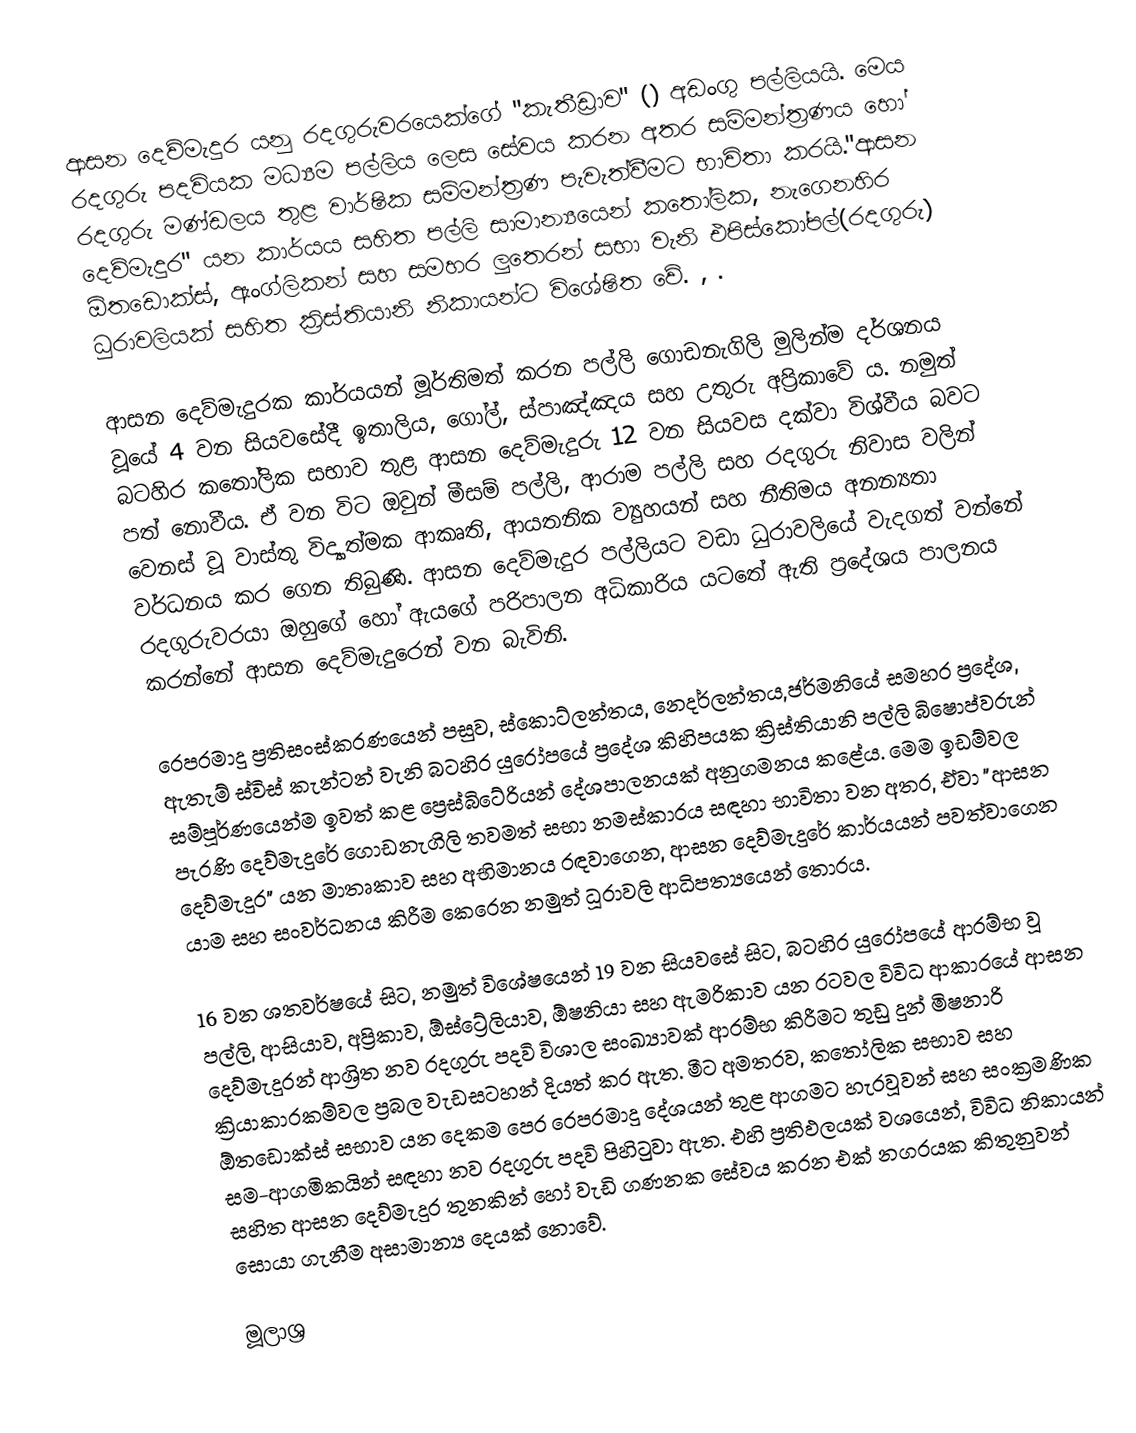
ආසන දෙව්මැදුර යනු රදගුරුවරයෙක්ගේ "කැතීඩ්‍රාව" () අඩංගු පල්ලියයි. මෙය රදගුරු පදවියක මධ්‍යම පල්ලිය ලෙස සේවය කරන අතර සම්මන්ත්‍රණය හෝ රදගුරු මණ්ඩලය තුළ වාර්ෂික සම්මන්ත්‍රණ පැවැත්වීමට භාවිතා කරයි."ආසන දෙව්මැදුර" යන කාර්යය සහිත පල්ලි සාමාන්‍යයෙන් කතෝලික, නැගෙනහිර ඕතඩොක්ස්, ඇංග්ලිකන් සහ සමහර ලුතෙරන් සභා වැනි එපිස්කෝපල්(රදගුරු) ධුරාවලියක් සහිත ක්‍රිස්තියානි නිකායන්ට විශේෂිත වේ. , .

ආසන දෙව්මැදුරක කාර්යයන් මූර්තිමත් කරන පල්ලි ගොඩනැගිලි මුලින්ම දර්ශනය වූයේ 4 වන සියවසේදී ඉතාලිය, ගෝල්, ස්පාඤ්ඤය සහ උතුරු අප්‍රිකාවේ ය. නමුත් බටහිර කතෝලික සභාව තුළ ආසන දෙව්මැදුරු 12 වන සියවස දක්වා විශ්වීය බවට පත් නොවීය. ඒ වන විට ඔවුන් මීසම් පල්ලි, ආරාම පල්ලි සහ රදගුරු නිවාස වලින් වෙනස් වූ වාස්තු විද්‍යාත්මක ආකෘති, ආයතනික ව්‍යුහයන් සහ නීතිමය අනන්‍යතා වර්ධනය කර ගෙන තිබුණි. ආසන දෙව්මැදුර පල්ලියට වඩා ධුරාවලියේ වැදගත් වන්නේ රදගුරුවරයා ඔහුගේ හෝ ඇයගේ පරිපාලන අධිකාරිය යටතේ ඇති ප්‍රදේශය පාලනය කරන්නේ ආසන දෙව්මැදුරෙන් වන බැවිනි.

රෙපරමාදු ප්‍රතිසංස්කරණයෙන් පසුව, ස්කොට්ලන්තය, නෙදර්ලන්තය,ජර්මනියේ සමහර ප්‍රදේශ, ඇතැම් ස්විස් කැන්ටන් වැනි බටහිර යුරෝපයේ ප්‍රදේශ කිහිපයක ක්‍රිස්තියානි පල්ලි බිෂොප්වරුන් සම්පූර්ණයෙන්ම ඉවත් කළ ප්‍රෙස්බිටේරියන් දේශපාලනයක් අනුගමනය කළේය. මෙම ඉඩම්වල පැරණි දෙව්මැදුරේ ගොඩනැගිලි තවමත් සභා නමස්කාරය සඳහා භාවිතා වන අතර, ඒවා "ආසන දෙව්මැදුර" යන මාතෘකාව සහ අභිමානය රඳවාගෙන, ආසන දෙව්මැදුරේ කාර්යයන් පවත්වාගෙන යාම සහ සංවර්ධනය කිරීම කෙරෙන නමුත් ධූරාවලි ආධිපත්‍යයෙන් තොරය.

16 වන ශතවර්ෂයේ සිට, නමුත් විශේෂයෙන් 19 වන සියවසේ සිට, බටහිර යුරෝපයේ ආරම්භ වූ පල්ලි, ආසියාව, අප්‍රිකාව, ඕස්ට්‍රේලියාව, ඕෂනියා සහ ඇමරිකාව යන රටවල විවිධ ආකාරයේ ආසන දෙව්මැදුරන් ආශ්‍රිත නව රදගුරු පදවි විශාල සංඛ්‍යාවක් ආරම්භ කිරීමට තුඩු දුන් මිෂනාරි ක්‍රියාකාරකම්වල ප්‍රබල වැඩසටහන් දියත් කර ඇත. මීට අමතරව, කතෝලික සභාව සහ ඕතඩොක්ස් සභාව යන දෙකම පෙර රෙපරමාදු දේශයන් තුළ ආගමට හැරවූවන් සහ සංක්‍රමණික සම-ආගමිකයින් සඳහා නව රදගුරු පදවි පිහිටුවා ඇත. එහි ප්‍රතිඵලයක් වශයෙන්, විවිධ නිකායන් සහිත ආසන දෙව්මැදුර තුනකින් හෝ වැඩි ගණනක සේවය කරන එක් නගරයක කිතුනුවන් සොයා ගැනීම අසාමාන්‍ය දෙයක් නොවේ.

මූලාශ්‍ර